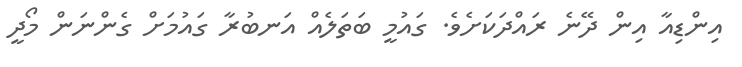
އިންޑިއާ އިން ދޭނެ ރައްދަކަށެވެ. ގައުމީ ބަތަލެއް އަނބުރާ ގައުމަށް ގެންނަން މޯދީ